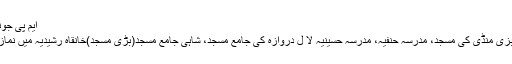
ایم پی جونپور مبارکباد پیش
اسی ترتیب میں سبزی منڈی کی مسجد، مدرسہ حنفیہ، مدرسہ حسینیہ لا ل دروازہ کی جامع مسجد، شاہی جامع مسجد(بڑی مسجد)خانقاہ رشیدیہ میں نماز عیدین اداکی گئی۔